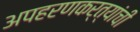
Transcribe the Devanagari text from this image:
अपहरणकर्त्यांची